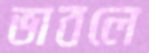
ভাবলে